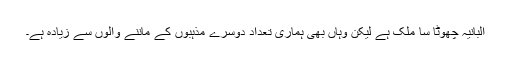
البانیہ چھوٹا سا ملک ہے لیکن وہاں بھی ہماری تعداد دوسرے مذہبوں کے ماننے والوں سے زیادہ ہے۔